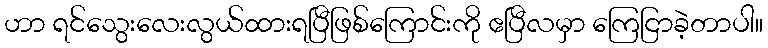
ဟာ ရင်သွေးလေးလွယ်ထားရပြီဖြစ်ကြောင်းကို ဧပြီလမှာ ကြေငြာခဲ့တာပါ။